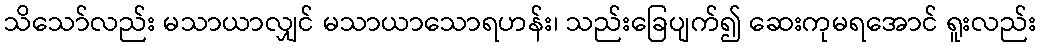
သိသော်လည်း မသာယာလျှင် မသာယာသောရဟန်း၊ သည်းခြေပျက်၍ ဆေးကုမရအောင် ရူးလည်း